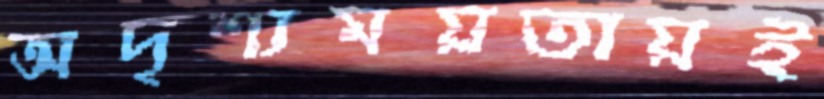
অদৃশ্যময়তায়ই